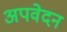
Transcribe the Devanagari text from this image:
अपवेदन